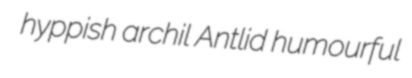
hyppish archil Antlid humourful